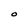
Character: O